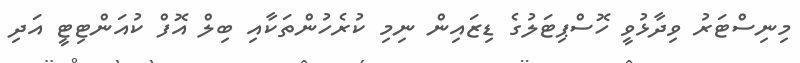
މިނިސްޓަރު ވިދާޅުވީ ހޮސްޕިޓަލުގެ ޑިޒައިން ނިމި ކުރެހުންތަކާއި ބިލް އޮފް ކުއަންޓިޓީ އަދި